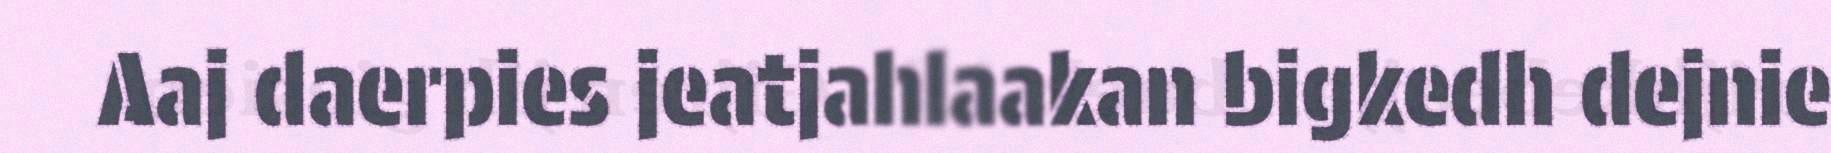
Aaj daerpies jeatjahlaakan bigkedh dejnie